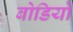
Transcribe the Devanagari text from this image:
बोडियो